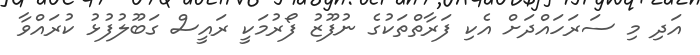
އަދި މި ސަރަހައްދަށް އެކި ފަރާތްތަކުގެ ނުފޫޒު ފޯރުމަކީ ރައީސް ގަބޫލުފުޅު ކުރައްވާ